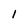
Character: l